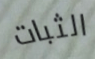
الثبات